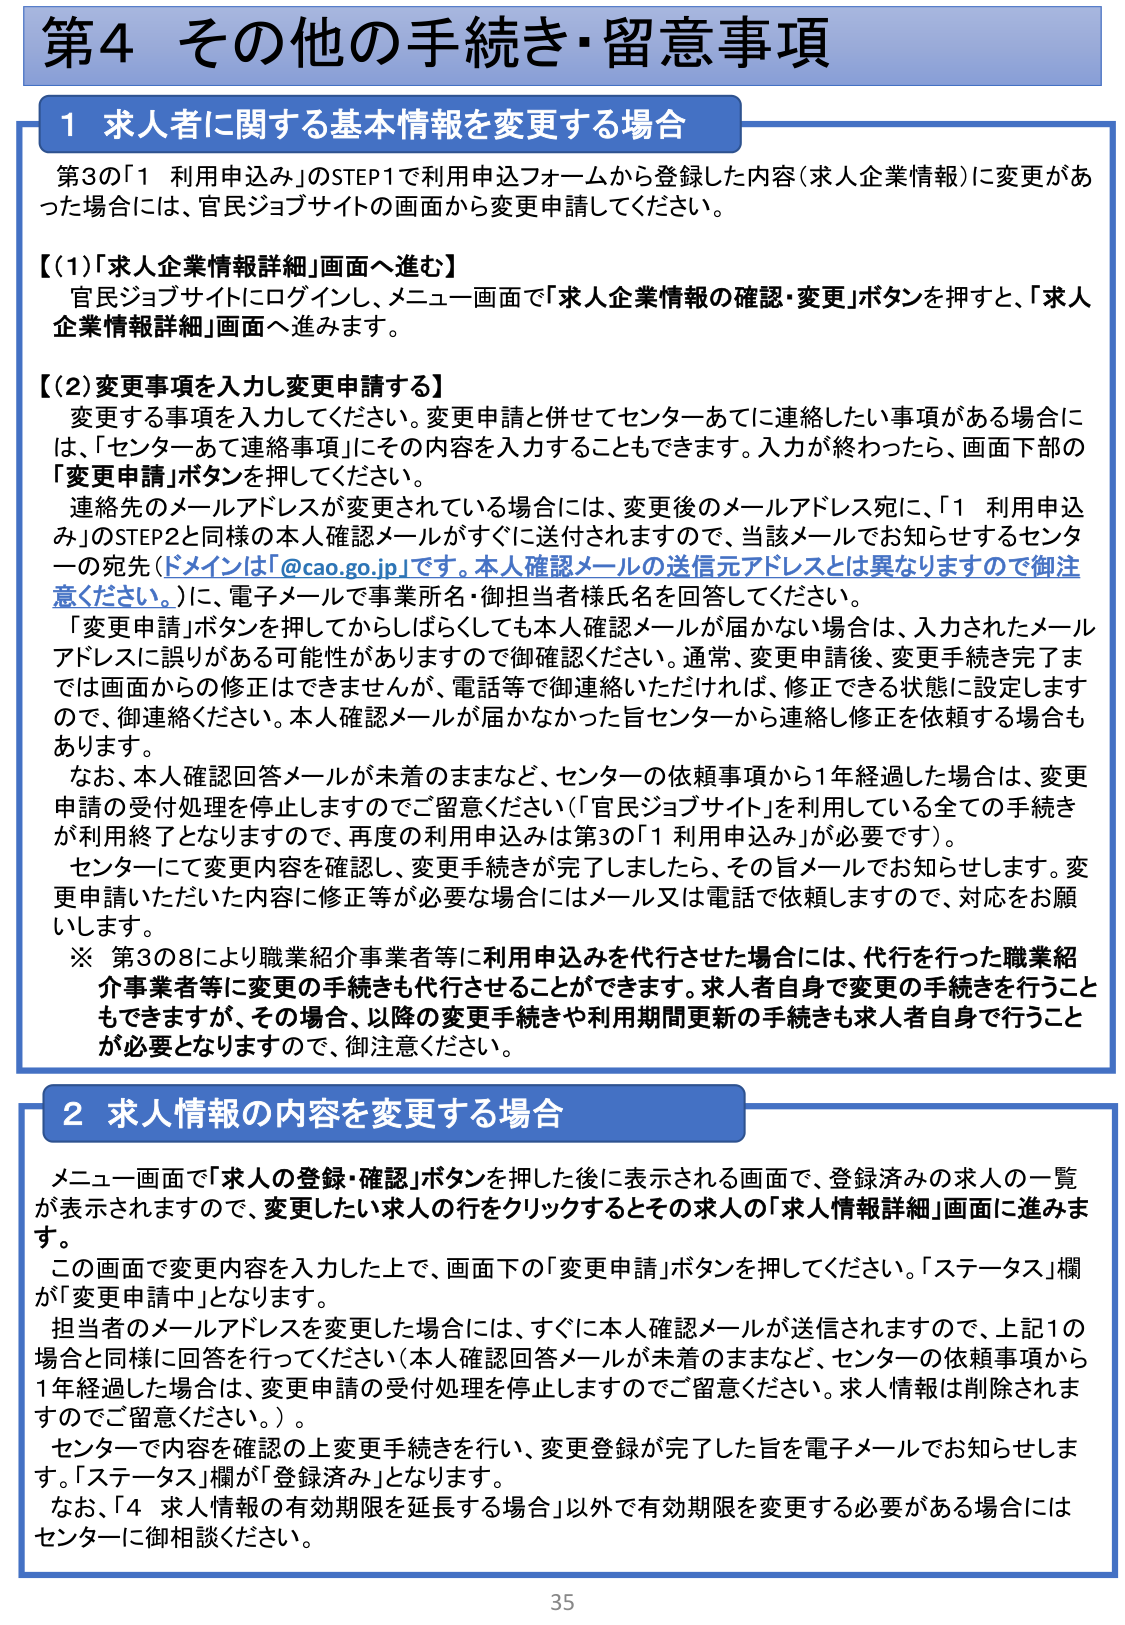
第4 その他の手続き・留意事項

1 求人者に関する基本情報を変更する場合

第3の「1 利用申込み」のSTEP1で利用申込フォームから登録した内容（求人企業情報）に変更があった場合には、官民ジョブサイトの画面から変更申請してください。

【(1)「求人企業情報詳細」画面へ進む】
官民ジョブサイトにログインし、メニュー画面で「求人企業情報の確認・変更」ボタンを押すと、「求人企業情報詳細」画面へ進みます。

【(2)変更事項を入力し変更申請する】
変更する事項を入力してください。変更申請と併せてセンターあてに連絡したい事項がある場合には、「センターあて連絡事項」にその内容を入力することもできます。入力が終わったら、画面下部の「変更申請」ボタンを押してください。

連絡先のメールアドレスが変更されている場合には、変更後のメールアドレス宛に、「1 利用申込み」のSTEP2と同様の本人確認メールがすぐに送付されますので、当該メールでお知らせするセンターの宛先（ドメインは「@cao.go.jp」です。本人確認メールの送信元アドレスとは異なりますので御注意ください。）に、電子メールで事業所名・御担当者様氏名を回答してください。

「変更申請」ボタンを押してからしばらくしても本人確認メールが届かない場合は、入力されたメールアドレスに誤りがある可能性がありますので御確認ください。通常、変更申請後、変更手続き完了までは画面からの修正はできませんが、電話等で御連絡いただければ、修正できる状態に設定しますので、御連絡ください。本人確認メールが届かなかった旨センターから連絡し修正を依頼する場合もあります。

なお、本人確認回答メールが未着のままなど、センターの依頼事項から1年経過した場合は、変更申請の受付処理を停止しますのでご留意ください（「官民ジョブサイト」を利用している全ての手続きが利用終了となりますので、再度の利用申込みは第3の「1 利用申込み」が必要です）。

センターにて変更内容を確認し、変更手続きが完了しましたら、その旨メールでお知らせします。変更申請いただいた内容に修正等が必要な場合にはメール又は電話で依頼しますので、対応をお願いします。

※ 第3の8により職業紹介事業者等に利用申込みを代行させた場合には、代行を行った職業紹介事業者等に変更の手続きも代行させることができます。求人者自身で変更の手続きを行うこともできますが、その場合、以降の変更手続きや利用期間更新の手続きも求人者自身で行うことが必要となりますので、御注意ください。

2 求人情報の内容を変更する場合

メニュー画面で「求人の登録・確認」ボタンを押した後に表示される画面で、登録済みの求人の一覧が表示されますので、変更したい求人の行をクリックするとその求人の「求人情報詳細」画面に進みます。

この画面で変更内容を入力した上で、画面下の「変更申請」ボタンを押してください。「ステータス」欄が「変更申請中」となります。

担当者のメールアドレスを変更した場合には、すぐに本人確認メールが送信されますので、上記1の場合と同様に回答を行ってください（本人確認回答メールが未着のままなど、センターの依頼事項から1年経過した場合は、変更申請の受付処理を停止しますのでご留意ください。求人情報は削除されますのでご留意ください。）。

センターで内容を確認の上変更手続きを行い、変更登録が完了した旨を電子メールでお知らせします。「ステータス」欄が「登録済み」となります。

なお、「4 求人情報の有効期限を延長する場合」以外で有効期限を変更する必要がある場合にはセンターに御相談ください。

35